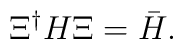
\Xi^{\dagger}H\Xi={\bar H}.